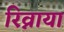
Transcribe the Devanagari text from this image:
रिव्नाया